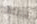
يربطه